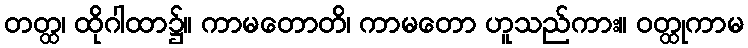
တတ္ထ၊ ထိုဂါထာ၌။ ကာမတောတိ၊ ကာမတော ဟူသည်ကား။ ဝတ္ထုကာမ